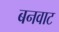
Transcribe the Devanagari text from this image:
बनवाट